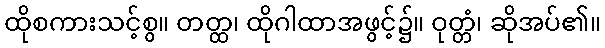
ထိုစကားသင့်စွ။ တတ္ထ၊ ထိုဂါထာအဖွင့်၌။ ဝုတ္တံ၊ ဆိုအပ်၏။